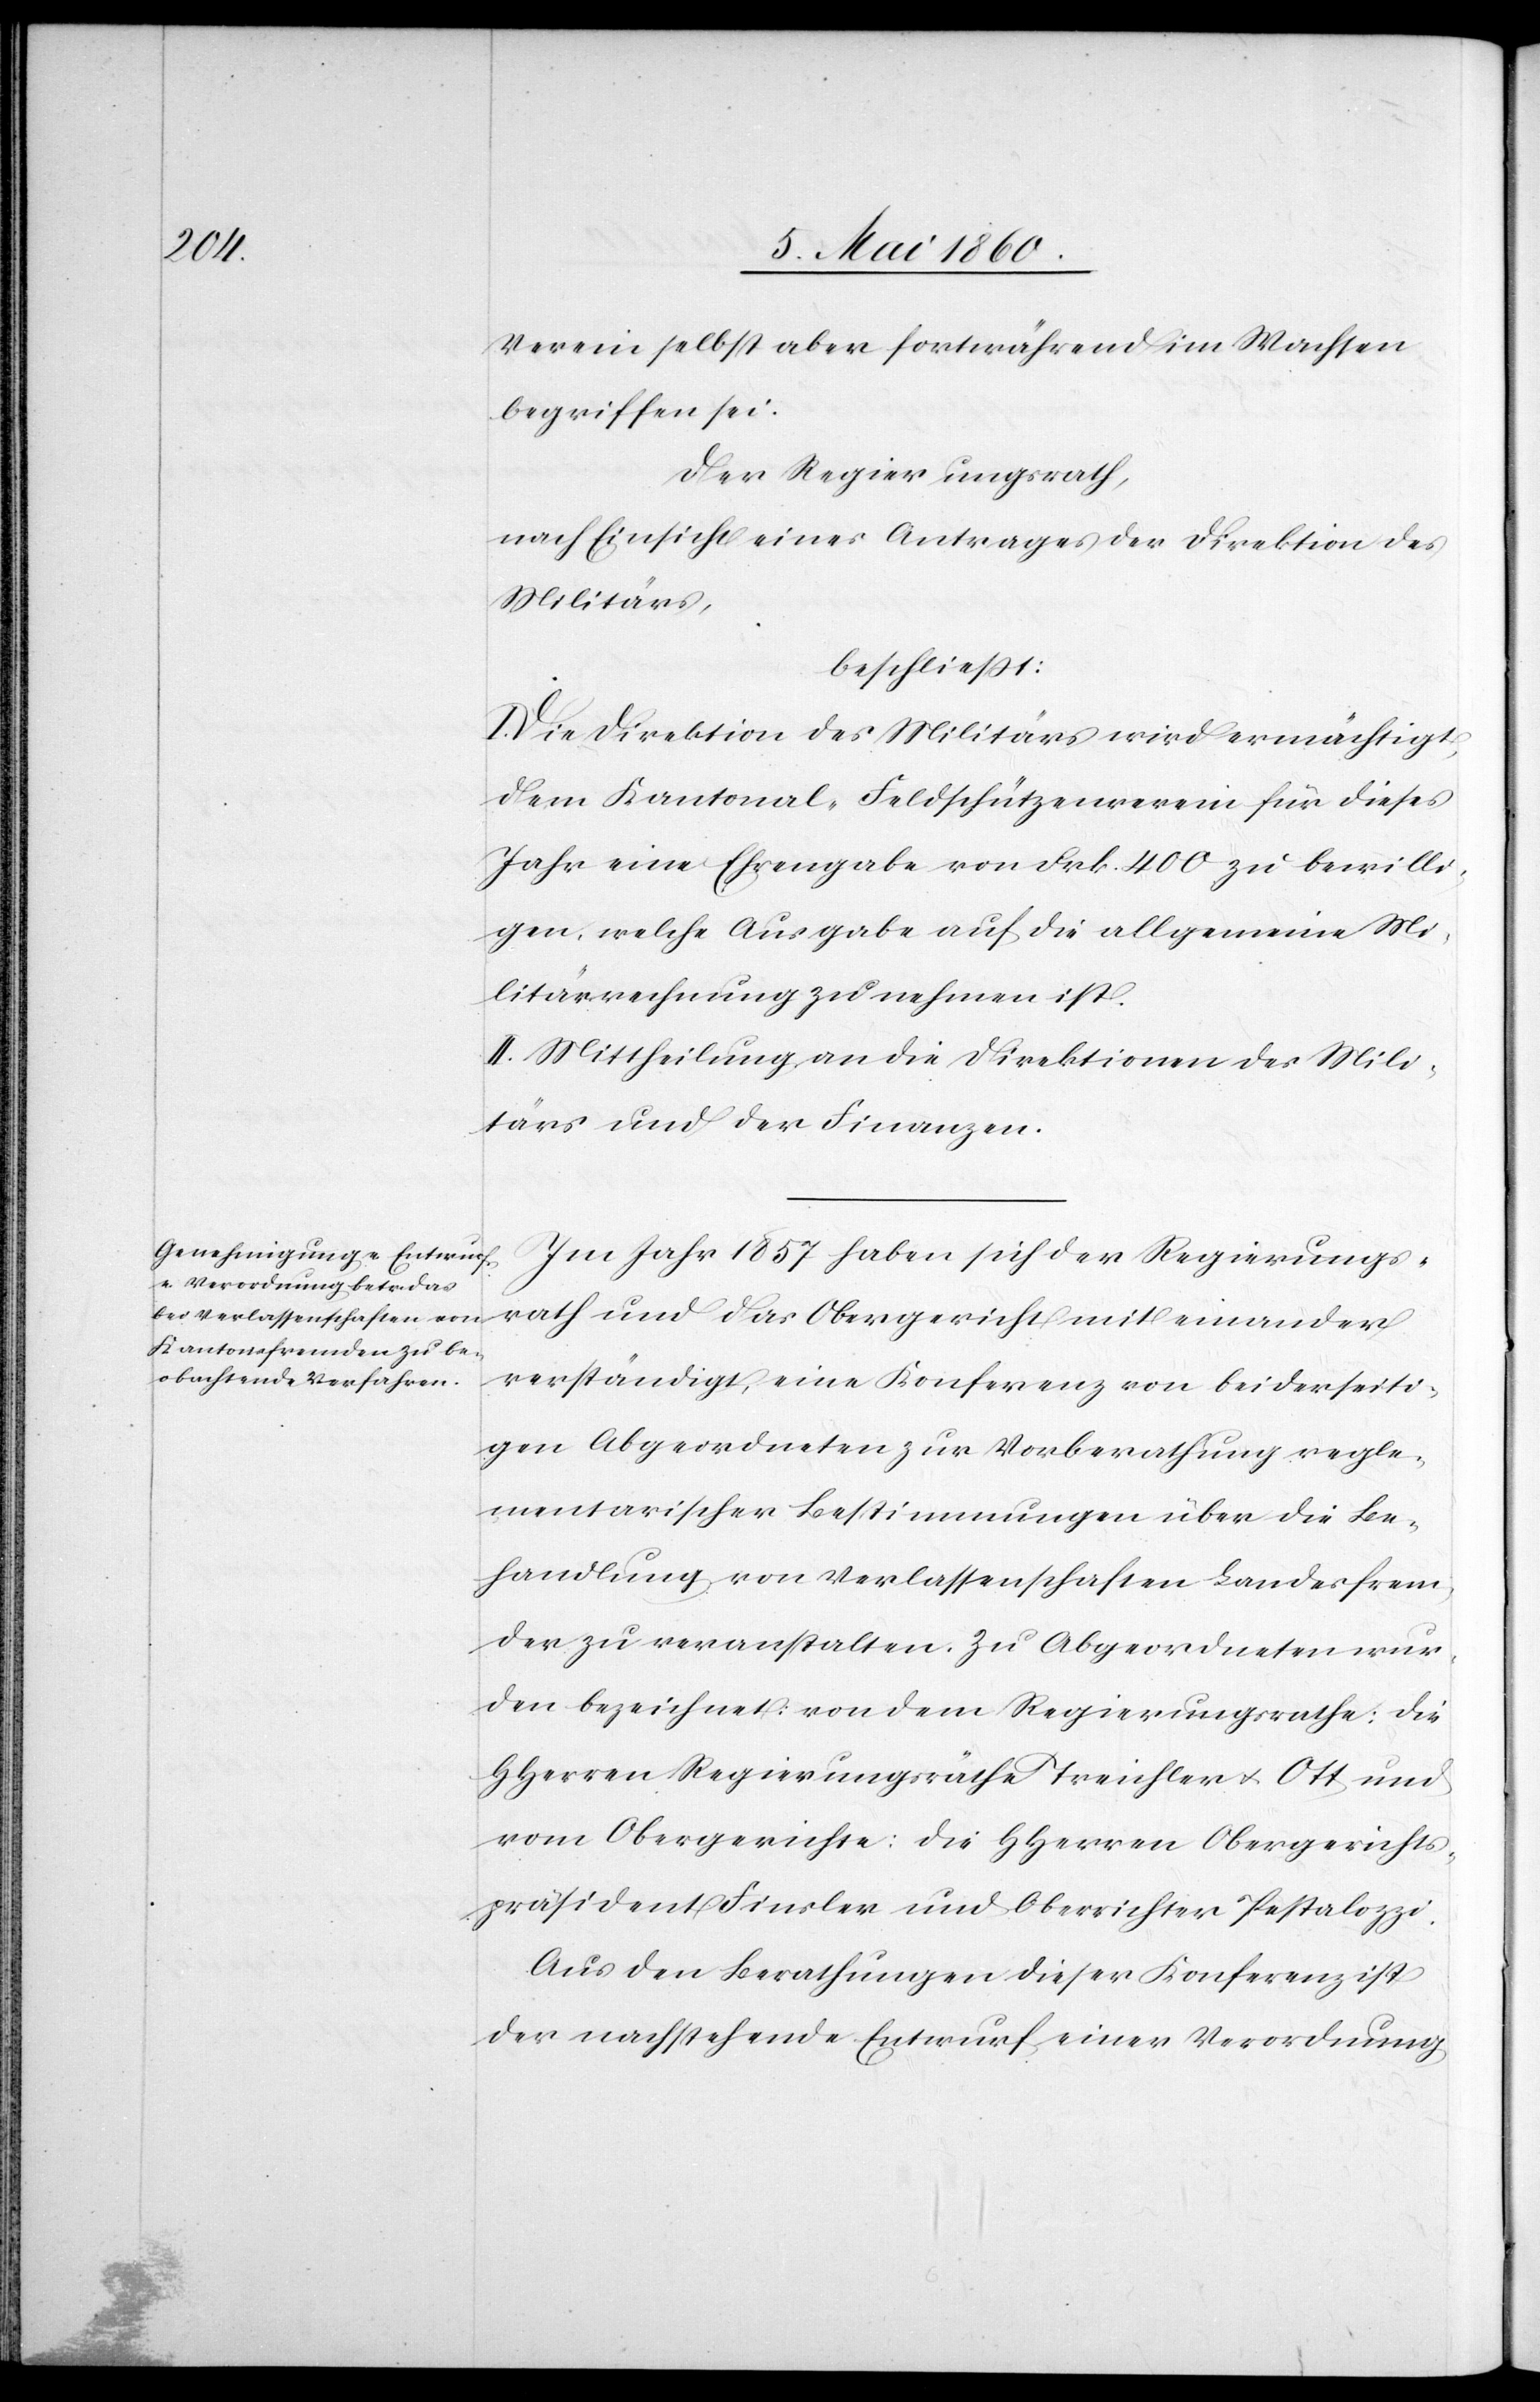
Verein selbst aber fortwährend im Wachsen
begriffen sei.
Der Regierungsrath,
nach Einsicht eines Antrages der Direktion des
Militärs,
beschliesst:
Die Direktion des Militärs wird ermächtigt,
dem Kantonal-Feldschützenverein für dieses
Jahr eine Ehrengabe von Frk. 400 zu bewilli¬
gen, welche Ausgabe auf die allgemeine Mi¬
litärrechnung zu nehmen ist.
II. Mittheilung an die Direktionen des Mili¬
tärs und der Finanzen.
Im Jahr 1857 haben sich der Regierungs¬
rath und das Obergericht mit einander
verständigt, eine Konferenz von beiderseiti¬
gen Abgeordneten zur Vorberathung regle¬
mentarischer Bestimmungen über die Be¬
handlung von Verlassenschaften Landesfrem¬
der zu veranstalten. Zu Abgeordneten wur¬
den bezeichnet: Von dem Regierungsrathe: Die
HHerren Regierungsräthe Treichler u. Ott und
vom Obergerichte: Die HHerren Obergerichts¬
präsident Finsler und Oberrichter Pestalozzi.
Aus den Berathungen dieser Konferenz ist
der nachstehende Entwurf einer Verordnung